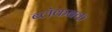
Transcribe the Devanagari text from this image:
ब्लॅकबक